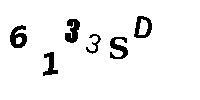
6133SD